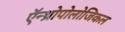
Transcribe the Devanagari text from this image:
ऍन्थ्रोपोलोजिकल